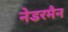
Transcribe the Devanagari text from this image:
नेडरमैन